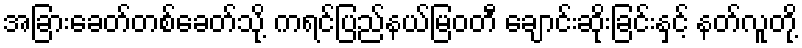
အခြားခေတ်တစ်ခေတ်သို့ ကရင်ပြည်နယ်မြဝတီ ချောင်းဆိုးခြင်းနှင့် နတ်လူတို့